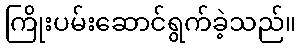
ကြိုးပမ်းဆောင်ရွက်ခဲ့သည်။